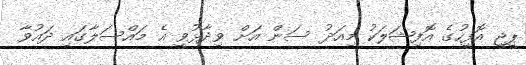
ޕީޖީ އޮފީހުގެ އޮފިޝަލަކު މިއަދު ސަން އަށް ވިދާޅުވީ އެ މައްސަލާގައި ދައުވާ